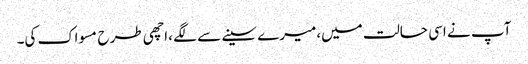
آپ نے اسی حالت میں،میرے سینے سے لگے ،اچھی طرح مسواک کی۔